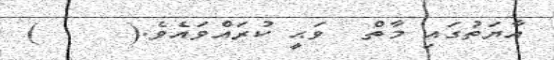
އާޔަތުގައި މާތް  ވަޙީ ކުރައްވައެވެ.(     )